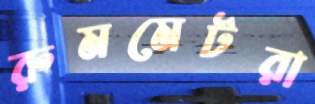
রুমমেটরা